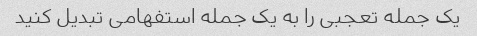
یک جمله تعجبی را به یک جمله استفهامی تبدیل کنید